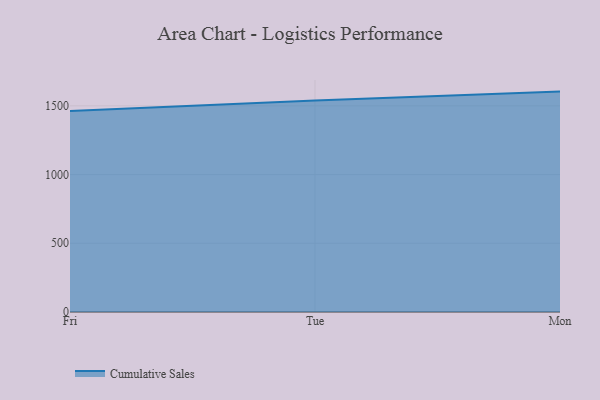
{"axis": {"x": "Day", "y": "Operating Costs (USD K)"}, "legend": ["Cumulative Sales"], "data": [{"x": "Fri", "y": 1462.1, "type": "Cumulative Sales"}, {"x": "Tue", "y": 1538.6, "type": "Cumulative Sales"}, {"x": "Mon", "y": 1603.5, "type": "Cumulative Sales"}]}